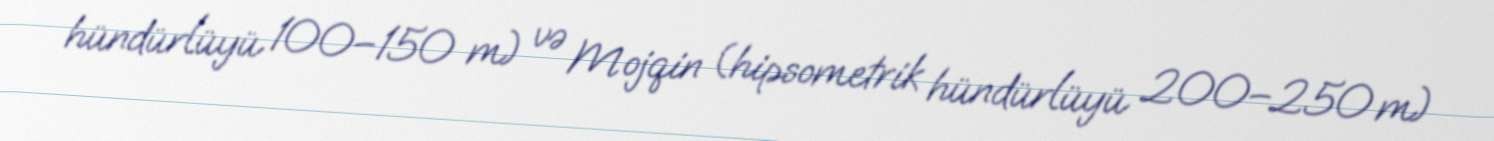
hündürlüyü 100–150 m) və Mojqin (hipsometrik hündürlüyü 200–250 m)